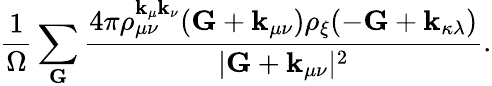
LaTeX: \frac{1}{\Omega}\sum_{\mathbf{G}}\frac{4\pi\rho_{\mu\nu}^{\mathbf{k}_{\mu}\mathbf{k}_{\nu}}(\mathbf{G}+\mathbf{k}_{\mu\nu})\rho_{\xi}(-\mathbf{G}+\mathbf{k}_{\kappa\lambda})}{|\mathbf{G}+\mathbf{k}_{\mu\nu}|^{2}}.